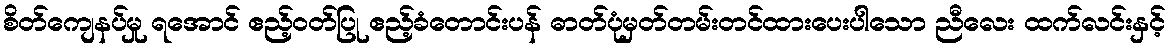
စိတ်ကျေနပ်မှု ရအောင် ဧည့်ဝတ်ပြု ဧည့်ခံတောင်းပန် ဓာတ်ပုံမှတ်တမ်းတင်ထားပေးပါသော ညီလေး ထက်လင်းနှင့်